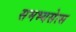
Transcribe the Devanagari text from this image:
समभ्यसेत्स